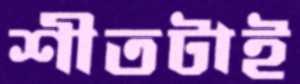
শীতটাই